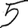
Digit: 5